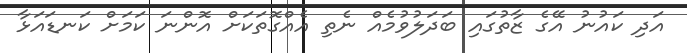
އަދި ކައުނު އޭގެ ޒާތުގައި ބަދަލުވުމެއް ނެތި އެއްގޮތަކަށް އޮންނަ ކަމަށް ކަނޑައަޅާ